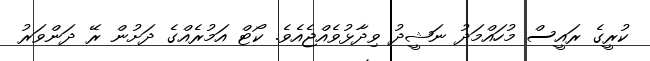
ކުރީގެ ރައީސް މުހައްމަދު ނަޝީދު ވިދާޅުވެއްޖެއެވެ. ކޯޓް އަމުރެއްގެ ދަށުން ރޭ ދަންވަރު